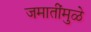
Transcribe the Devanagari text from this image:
जमातींमुळे